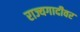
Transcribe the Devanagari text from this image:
राज्यगादीवर